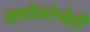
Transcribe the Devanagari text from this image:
यशोधरेनेही